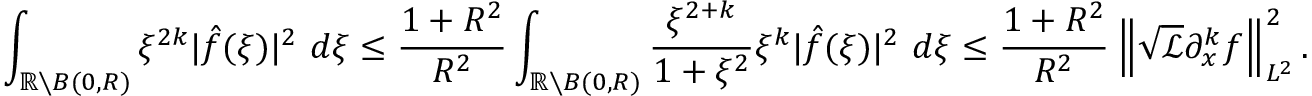
\int _ { \mathbb { R } \setminus B ( 0 , R ) } \xi ^ { 2 k } | \hat { f } ( \xi ) | ^ { 2 } \ d \xi \leq \frac { 1 + R ^ { 2 } } { R ^ { 2 } } \int _ { \mathbb { R } \setminus B ( 0 , R ) } \frac { \xi ^ { 2 + k } } { 1 + \xi ^ { 2 } } \xi ^ { k } | \hat { f } ( \xi ) | ^ { 2 } \ d \xi \leq \frac { 1 + R ^ { 2 } } { R ^ { 2 } } \left\| \sqrt { \mathscr { L } } \partial _ { x } ^ { k } f \right\| _ { L ^ { 2 } } ^ { 2 } .